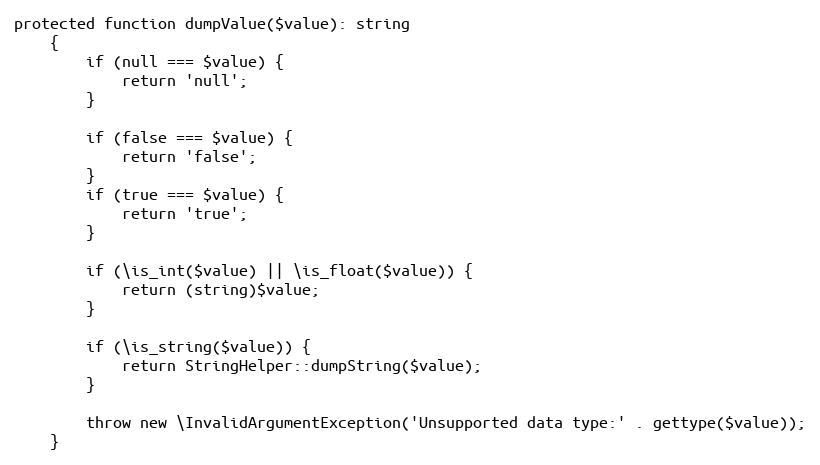
Language: PHP
protected function dumpValue($value): string
    {
        if (null === $value) {
            return 'null';
        }

        if (false === $value) {
            return 'false';
        }
        if (true === $value) {
            return 'true';
        }

        if (\is_int($value) || \is_float($value)) {
            return (string)$value;
        }

        if (\is_string($value)) {
            return StringHelper::dumpString($value);
        }

        throw new \InvalidArgumentException('Unsupported data type:' . gettype($value));
    }